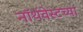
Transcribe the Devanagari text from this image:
नॉर्थवेस्टच्या